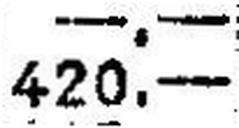
420.—